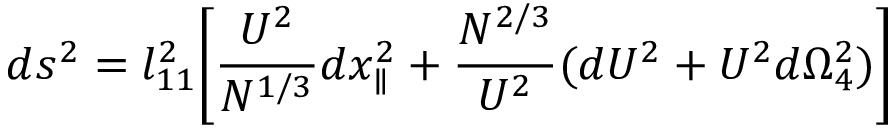
d s ^ { 2 } = l _ { 1 1 } ^ { 2 } \Biggl [ { \frac { U ^ { 2 } } { N ^ { 1 / 3 } } } d x _ { \parallel } ^ { 2 } + \frac { { N } ^ { 2 / 3 } } { U ^ { 2 } } ( d U ^ { 2 } + U ^ { 2 } d \Omega _ { 4 } ^ { 2 } ) \Biggr ]